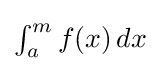
{\textstyle \int _{a}^{m}f(x)\,dx}